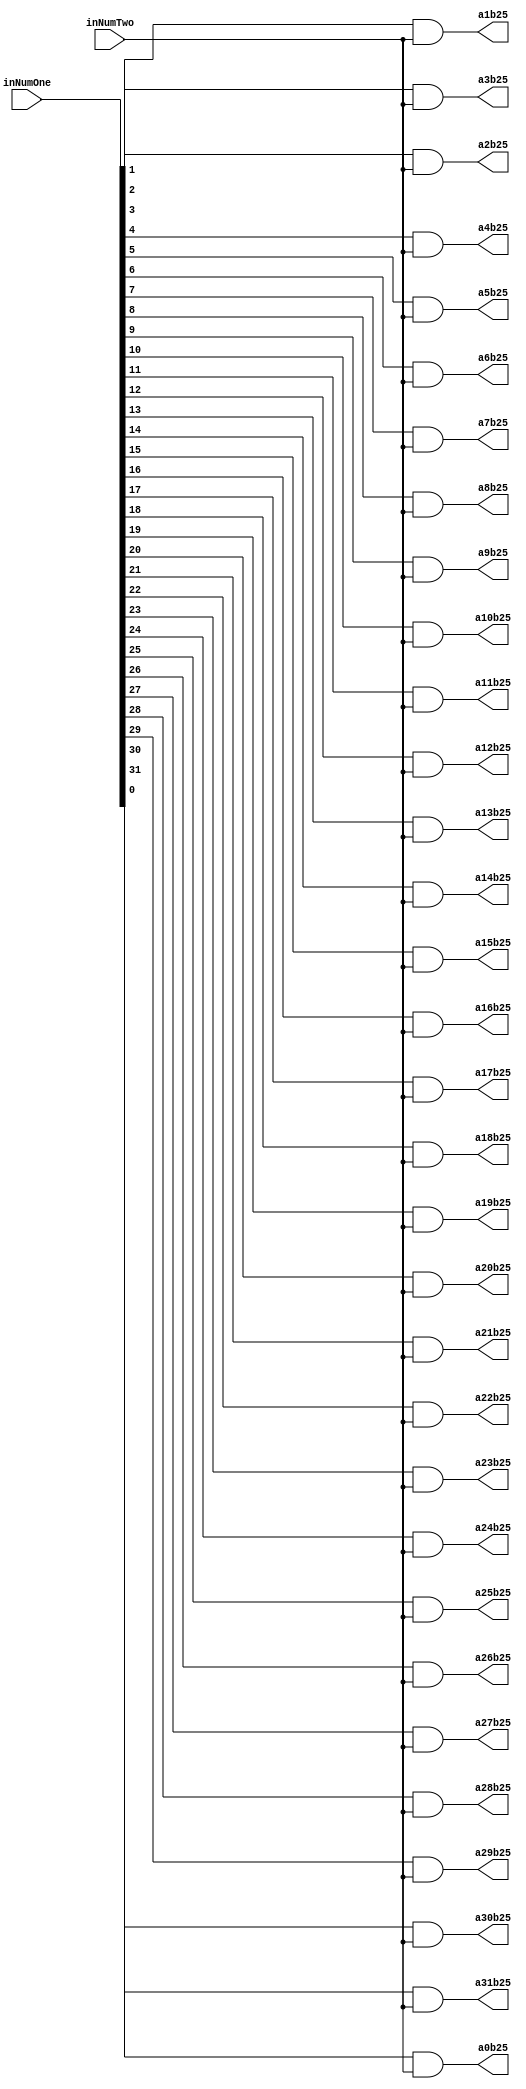
`timescale 1ns / 1ps

module PartialProductRow25(inNumOne,inNumTwo,a0b25,a1b25,a2b25,a3b25,a4b25,a5b25,a6b25,a7b25,a8b25,a9b25,a10b25,a11b25,a12b25,a13b25,a14b25,a15b25,a16b25,a17b25,a18b25,a19b25,a20b25,a21b25,a22b25,a23b25,a24b25,a25b25,a26b25,a27b25,a28b25,a29b25,a30b25,a31b25);
input [31:0] inNumOne;
input inNumTwo;
output reg a0b25,a1b25,a2b25,a3b25,a4b25,a5b25,a6b25,a7b25,a8b25,a9b25,a10b25,a11b25,a12b25,a13b25,a14b25,a15b25,a16b25,a17b25,a18b25,a19b25,a20b25,a21b25,a22b25,a23b25,a24b25,a25b25,a26b25,a27b25,a28b25,a29b25,a30b25,a31b25;

always@(inNumOne,inNumTwo)begin
	a0b25 <= inNumOne[0] & inNumTwo;
	a1b25 <= inNumOne[1] & inNumTwo;
	a2b25 <= inNumOne[2] & inNumTwo;
	a3b25 <= inNumOne[3] & inNumTwo;
	a4b25 <= inNumOne[4] & inNumTwo;
	a5b25 <= inNumOne[5] & inNumTwo;
	a6b25 <= inNumOne[6] & inNumTwo;
	a7b25 <= inNumOne[7] & inNumTwo;
	a8b25 <= inNumOne[8] & inNumTwo;
	a9b25 <= inNumOne[9] & inNumTwo;
	a10b25 <= inNumOne[10] & inNumTwo;
	a11b25 <= inNumOne[11] & inNumTwo;
	a12b25 <= inNumOne[12] & inNumTwo;
	a13b25 <= inNumOne[13] & inNumTwo;
	a14b25 <= inNumOne[14] & inNumTwo;
	a15b25 <= inNumOne[15] & inNumTwo;
	a16b25 <= inNumOne[16] & inNumTwo;
	a17b25 <= inNumOne[17] & inNumTwo;
	a18b25 <= inNumOne[18] & inNumTwo;
	a19b25 <= inNumOne[19] & inNumTwo;
	a20b25 <= inNumOne[20] & inNumTwo;
	a21b25 <= inNumOne[21] & inNumTwo;
	a22b25 <= inNumOne[22] & inNumTwo;
	a23b25 <= inNumOne[23] & inNumTwo;
	a24b25 <= inNumOne[24] & inNumTwo;
	a25b25 <= inNumOne[25] & inNumTwo;
	a26b25 <= inNumOne[26] & inNumTwo;
	a27b25 <= inNumOne[27] & inNumTwo;
	a28b25 <= inNumOne[28] & inNumTwo;
	a29b25 <= inNumOne[29] & inNumTwo;
	a30b25 <= inNumOne[30] & inNumTwo;
	a31b25 <= inNumOne[31] & inNumTwo;
end

endmodule